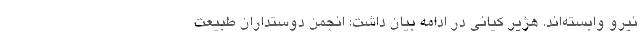
نیرو وابسته‌اند. هژیر کیانی در ادامه بیان داشت: انجمن دوستداران طبیعت